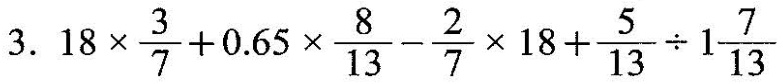
3. $$1 8 \times \frac { 3 } { 7 } + 0 . 6 5